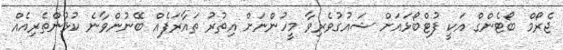
ޖެރޯމް ބޯޓެންގް އަކީ ފުޓްބޯޅައަށް ޝައުގުވެރިވާ މީހުންނަށް އިތުރު ތައާރަފެއް ބޭނުންވާނެ ކުޅުންތެރިއެއް